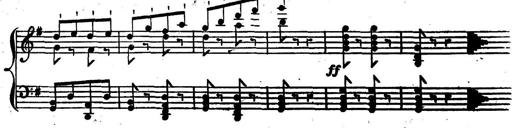
Title: Nouvelle Sonatine facile et agrÃ©able
Composer: Ignaz Moscheles
Key: G major